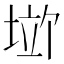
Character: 𪣱